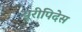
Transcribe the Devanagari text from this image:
यूरीपिदेस